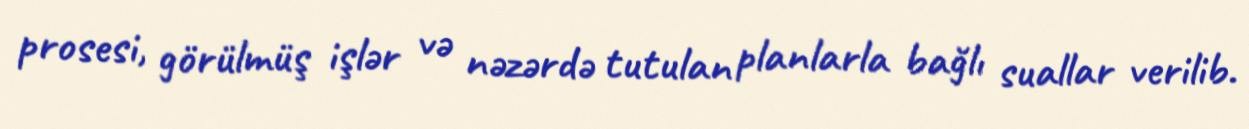
prosesi, görülmüş işlər və nəzərdə tutulan planlarla bağlı suallar verilib.